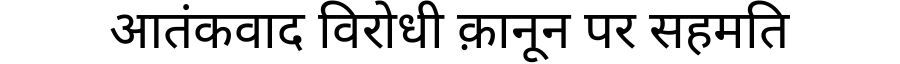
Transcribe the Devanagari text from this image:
आतंकवाद विरोधी क़ानून पर सहमति